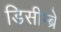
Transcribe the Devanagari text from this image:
डिसीम्ब्रे